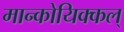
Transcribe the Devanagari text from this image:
मान्कोयिक्कल्